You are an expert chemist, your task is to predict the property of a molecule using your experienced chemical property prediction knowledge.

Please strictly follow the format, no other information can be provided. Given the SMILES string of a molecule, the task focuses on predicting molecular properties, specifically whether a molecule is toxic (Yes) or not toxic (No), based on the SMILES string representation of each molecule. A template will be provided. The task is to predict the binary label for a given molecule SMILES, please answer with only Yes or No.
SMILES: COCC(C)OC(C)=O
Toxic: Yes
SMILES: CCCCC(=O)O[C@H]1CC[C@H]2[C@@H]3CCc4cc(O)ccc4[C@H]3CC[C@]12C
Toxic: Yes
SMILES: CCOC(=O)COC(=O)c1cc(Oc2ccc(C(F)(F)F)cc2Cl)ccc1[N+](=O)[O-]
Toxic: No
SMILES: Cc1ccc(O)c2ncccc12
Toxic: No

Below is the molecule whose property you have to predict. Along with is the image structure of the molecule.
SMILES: CC1=CC(=O)[C@H]2C[C@@H]1C2(C)C
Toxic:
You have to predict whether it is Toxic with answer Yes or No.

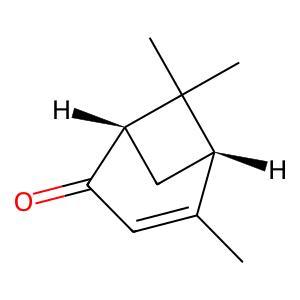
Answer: No